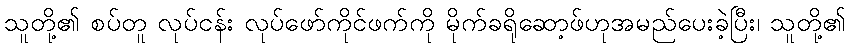
သူတို့၏ စပ်တူ လုပ်ငန်း လုပ်ဖော်ကိုင်ဖက်ကို မိုက်ခရိုဆော့ဖ်ဟုအမည်ပေးခဲ့ပြီး၊ သူတို့၏